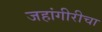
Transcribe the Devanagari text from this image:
जहांगीरीचा